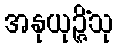
အနုယုဉ္ဇိံသု